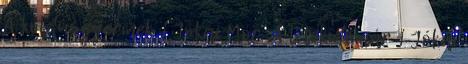
A koldusgyermek 1 Jókai Mór: A lélekidomár 1 Jókai